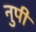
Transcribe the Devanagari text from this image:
नुपी